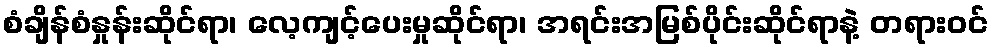
စံချိန်စံနှုန်းဆိုင်ရာ၊ လေ့ကျင့်ပေးမှုဆိုင်ရာ၊ အရင်းအမြစ်ပိုင်းဆိုင်ရာနဲ့ တရားဝင်